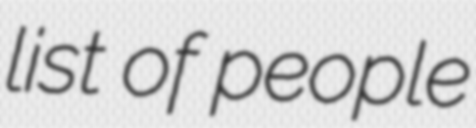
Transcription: list of people